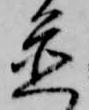
置